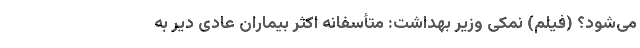
می‌شود؟ (فیلم) نمکی وزیر بهداشت: متأسفانه اکثر بیماران عادی دیر به